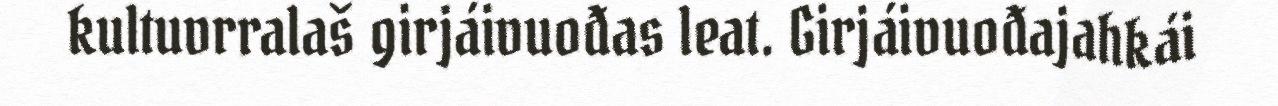
kultuvrralaš girjáivuođas leat. Girjáivuođajahkái